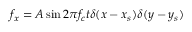
f _ { x } = A \sin { 2 \pi f _ { c } t } \delta ( x - x _ { s } ) \delta ( y - y _ { s } )